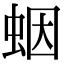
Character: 𧊭